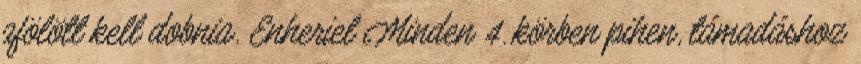
afölött kell dobnia. Enheriel Minden 4. körben pihen, támadáshoz